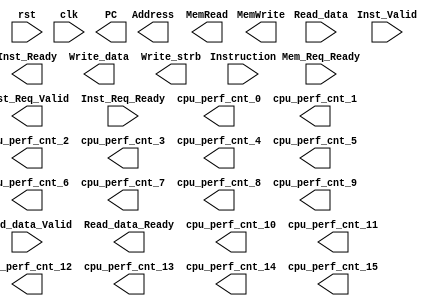
`timescale 10ns / 1ns

module custom_cpu(
	input  rst,
	input  clk,

`ifdef BHV_SIM
	input  inst_retired_fifo_full,
`endif

	//Instruction request channel
	output [31:0] PC,
	output Inst_Req_Valid,
	input Inst_Req_Ready,

	//Instruction response channel
	input  [31:0] Instruction,
	input Inst_Valid,
	output Inst_Ready,

	//Memory request channel
	output [31:0] Address,
	output MemWrite,
	output [31:0] Write_data,
	output [3:0] Write_strb,
	output MemRead,
	input Mem_Req_Ready,

	//Memory data response channel
	input  [31:0] Read_data,
	input Read_data_Valid,
	output Read_data_Ready, 

    output [31:0]	cpu_perf_cnt_0,
    output [31:0]	cpu_perf_cnt_1,
    output [31:0]	cpu_perf_cnt_2,
    output [31:0]	cpu_perf_cnt_3,
    output [31:0]	cpu_perf_cnt_4,
    output [31:0]	cpu_perf_cnt_5,
    output [31:0]	cpu_perf_cnt_6,
    output [31:0]	cpu_perf_cnt_7,
    output [31:0]	cpu_perf_cnt_8,
    output [31:0]	cpu_perf_cnt_9,
    output [31:0]	cpu_perf_cnt_10,
    output [31:0]	cpu_perf_cnt_11,
    output [31:0]	cpu_perf_cnt_12,
    output [31:0]	cpu_perf_cnt_13,
    output [31:0]	cpu_perf_cnt_14,
    output [31:0]	cpu_perf_cnt_15

);

/* The following two signals are leveraged for behavioral simulation, 
* both of which are delivered to testbench.
*
* STUDENTS MUST CONTROL LOGICAL BEHAVIORS of BOTH SIGNALS.
*
* inst_retire_valid (1-bit): setting to 1 for one-cycle 
* when inst_retired_fifo_full from testbench is low,  
* indicating that one instruction is being retired from
* the WB stage. 
*
* inst_retired (70-bit): detailed information of the retired instruction,
* mainly including (in order) 
* { 
*   retired PC (32-bit), 
*   reg_file write-back enable (1-bit), 
*   reg_file write-back address (5-bit), 
*   reg_file write-back data (32-bit) 
* }
*
*/
`ifdef BHV_SIM
	wire inst_retire_valid;
	wire [69:0] inst_retired;
`endif

  //TODO: Please add your Turbo CPU code here

endmodule